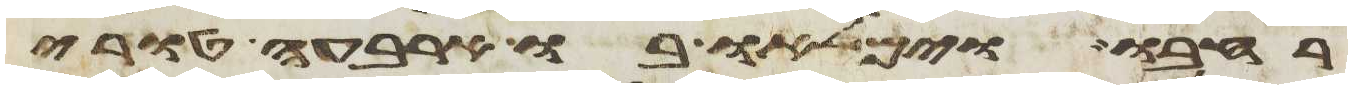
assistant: רחבו וימלאו בו ארבעה טורי